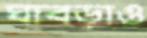
ঘাবড়াও